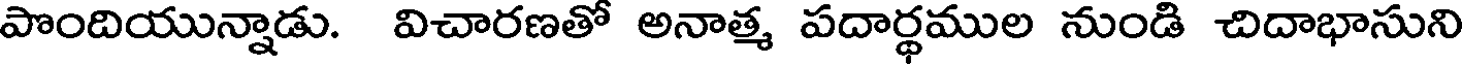
పొందియున్నాడు. విచారణతో అనాత్మ పదార్థముల నుండి చిదాభాసుని